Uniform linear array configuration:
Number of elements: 16
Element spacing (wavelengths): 0.25
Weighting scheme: kaiser
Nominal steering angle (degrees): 15
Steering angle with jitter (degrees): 16.406
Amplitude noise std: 0.05
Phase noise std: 0.05

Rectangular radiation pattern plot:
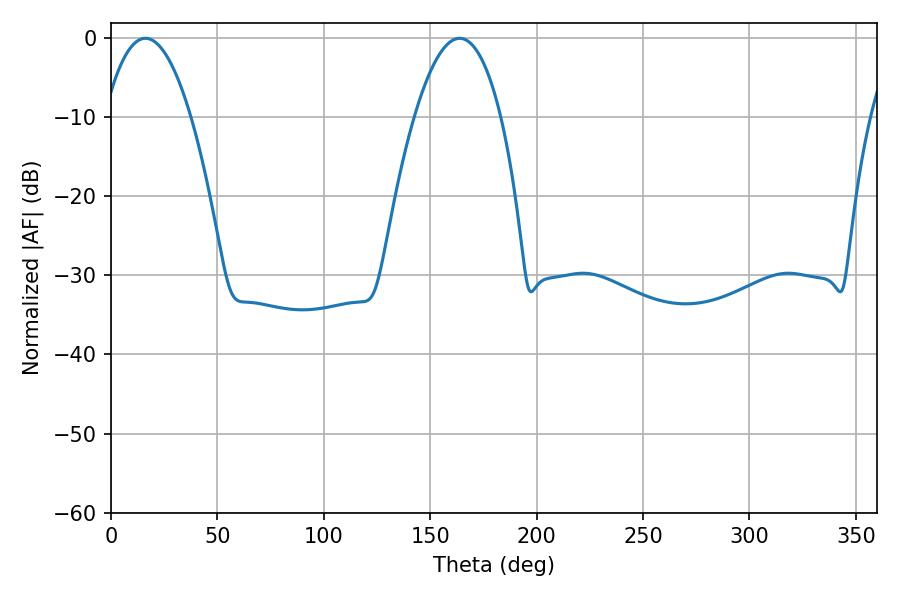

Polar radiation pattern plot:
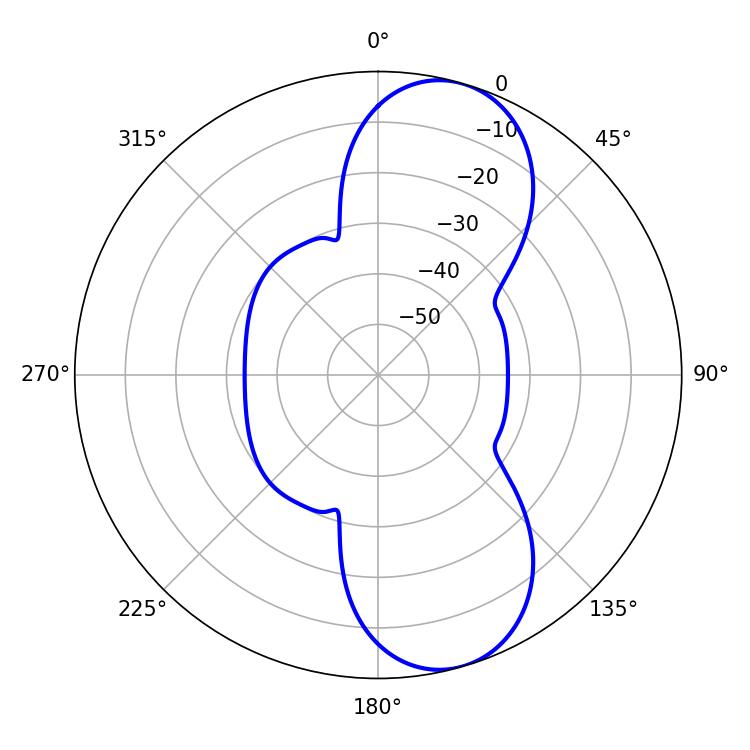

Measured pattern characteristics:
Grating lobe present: FALSE
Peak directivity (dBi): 9.245
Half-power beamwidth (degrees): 22.5
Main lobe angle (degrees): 16.2